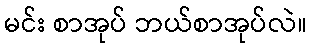
မင်း စာအုပ် ဘယ်စာအုပ်လဲ။